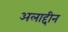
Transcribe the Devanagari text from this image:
अलाद्दीन